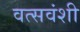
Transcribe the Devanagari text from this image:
वत्सवंशी